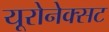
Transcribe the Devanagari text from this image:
यूरोनेक्सट